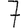
Digit: 7